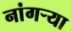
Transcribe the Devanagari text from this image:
नांगर्‍या